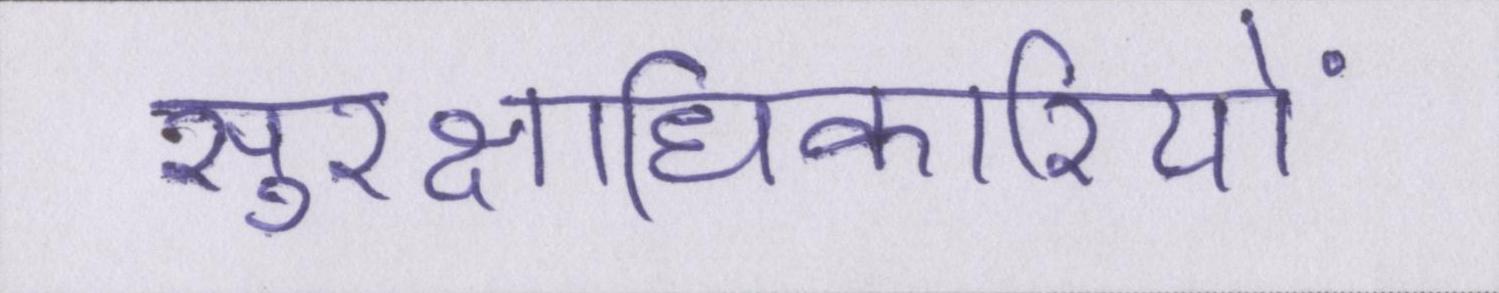
सुरक्षाधिकारियों